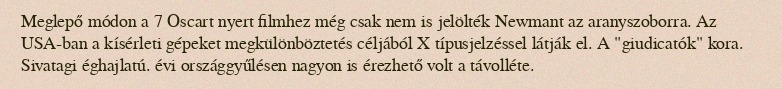
Meglepő módon a 7 Oscart nyert filmhez még csak nem is jelölték Newmant az aranyszoborra. Az USA-ban a kísérleti gépeket megkülönböztetés céljából X típusjelzéssel látják el. A "giudicatók" kora. Sivatagi éghajlatú. évi országgyűlésen nagyon is érezhető volt a távolléte.